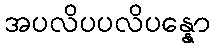
အပလိပပလိပန္နော